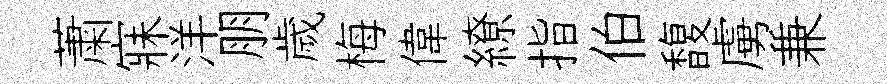
䔥寐洋朋歲梅偉繚指伯馥虜兼